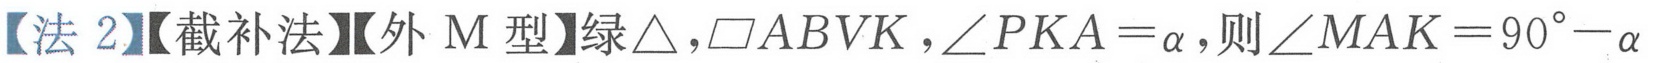
【法 2】【截补法】【外 M 型】绿\(\triangle\)，\(\square ABVK\)，\(\angle PKA=\alpha\)，则\(\angle MAK = 90^{\circ}-\alpha\)